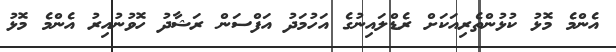
އެންމެ މޮޅު ކުޅުންތެރިއަކަށް ރެޑްލައިނުގެ އަހުމަދު އަފްސަން ރަޝާދު ހޮވުނުއިރު އެންމެ މޮޅު